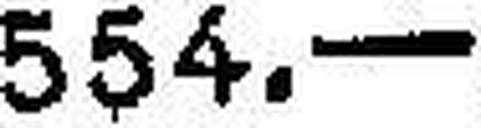
554.—